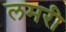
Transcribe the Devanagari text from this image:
लमरी